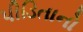
પીડિતાનો